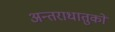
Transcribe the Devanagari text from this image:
अन्तराधातुकों